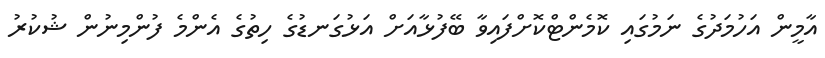
އާމީން އަހުމަދުގެ ނަމުގައި ކޮމެންޓްކޮށްފައިވާ ބޭފުޅާއަށް އަޅުގަނޑުގެ ހިތުގެ އެންމެ ފުންމިނުން ޝުކުރު